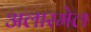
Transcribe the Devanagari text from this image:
अलारमेल